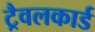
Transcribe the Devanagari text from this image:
ट्रैवलकार्ड